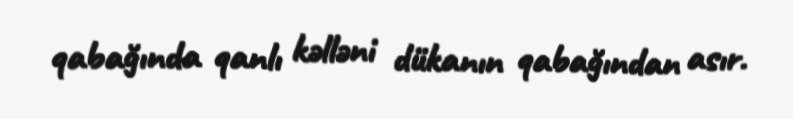
qabağında qanlı kəlləni dükanın qabağından asır.